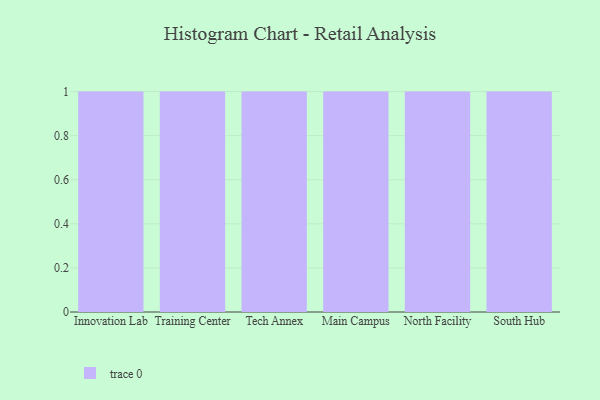
{"axis": {"x": "Campus", "y": "Revenue (USD Million)"}, "legend": [""], "data": [{"x": "Innovation Lab", "y": 54, "type": ""}, {"x": "Training Center", "y": 4, "type": ""}, {"x": "Tech Annex", "y": 33, "type": ""}, {"x": "Main Campus", "y": 35, "type": ""}, {"x": "North Facility", "y": 75, "type": ""}, {"x": "South Hub", "y": 62, "type": ""}]}